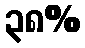
၃၈%